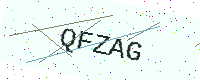
Text: QFZAG